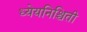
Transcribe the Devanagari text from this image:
ध्येयनिश्चिती